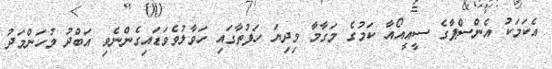
އެކަމަކު އެންސްޕާގެ ސީއީއޯއާ ކަމުގެ މަގާމާ މިދިޔަ ހަފުތާގައި ހަވާލުވެވަޑައިގެންނެވި އަބްދު މުހަންމަދު